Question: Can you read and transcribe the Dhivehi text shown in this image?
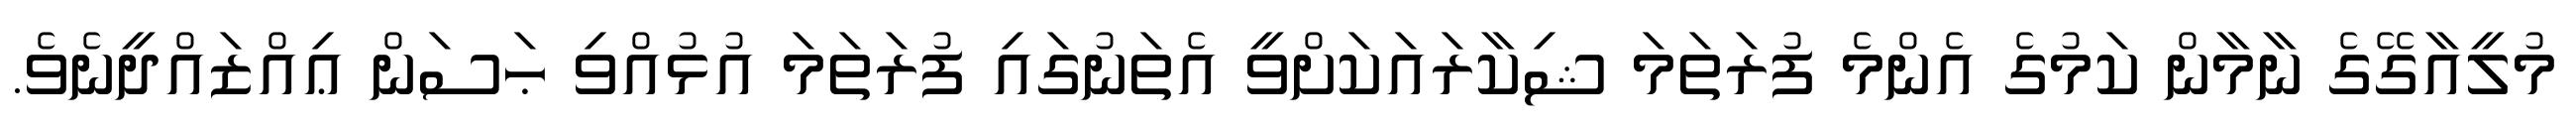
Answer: މުލީއާގޭގެ ނާމާން ކަމުގެ އެންމެ ފުރަތަމަ ޝިކާރައަކަށްވީ އެތަނުގައި ފުރަތަމަ އުޅުއްވި ޙަސަން ޢިއްޒައްދީނެވެ.